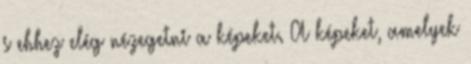
s ehhez elég nézegetni a képeket. A képeket, amelyek